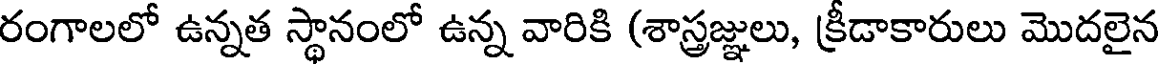
రంగాలలో ఉన్నత స్థానంలో ఉన్న వారికి (శాస్త్రజ్ఞులు, క్రీడాకారులు మొదలైన